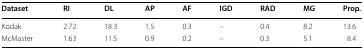
<table><thead><tr><td><b>Dataset</b></td><td><b>RI</b></td><td><b>DL</b></td><td><b>AP</b></td><td><b>AF</b></td><td><b>IGD</b></td><td><b>RAD</b></td><td><b>MG</b></td><td><b>Prop.</b></td></tr></thead><tbody><tr><td>Kodak</td><td>2.72</td><td>18.3</td><td>1.5</td><td>0.3</td><td>–</td><td>0.4</td><td>8.2</td><td>13.6</td></tr><tr><td>McMaster</td><td>1.63</td><td>11.5</td><td>0.9</td><td>0.2</td><td>–</td><td>0.3</td><td>5.1</td><td>8.4</td></tr></tbody></table>